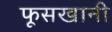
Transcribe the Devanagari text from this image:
फूसखानी